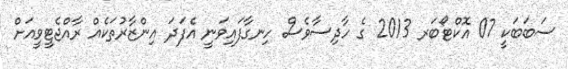
ސަބަބަކީ 07 އޮކްޓޯބަރ 2013 ގެ ހާދިސާވެސް ހިނގާފައިވަނީ އެފަދަ އިންޒާރުތަކެއް ރާއްޖެޓީވީއަށް